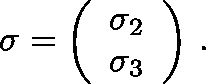
\mathbf { \sigma } = \left( \begin{array} { c } { { \sigma _ { 2 } } } \\ { { \sigma _ { 3 } } } \end{array} \right) \, .